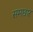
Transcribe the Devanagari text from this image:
समछार